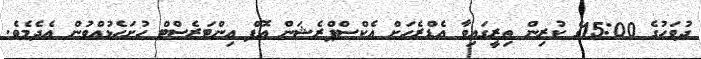
ދުވަހުގެ 15:00ގެ ކުރިން ތިރީގައިވާ އެޑްރެހަށް އެކްސްޕްރެޝަން އޮފް އިންޓަރެސްޓް ހުށަހެޅުއްވުން އެދެމެވެ.